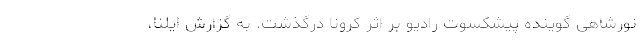
نورشاهی گوینده پیشکسوت رادیو بر اثر کرونا درگذشت. به گزارش ایلنا،